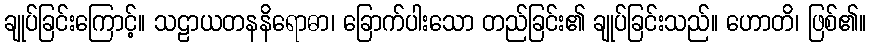
ချုပ်ခြင်းကြောင့်။ သဠာယတနနိရောဓာ၊ ခြောက်ပါးသော တည်ခြင်း၏ ချုပ်ခြင်းသည်။ ဟောတိ၊ ဖြစ်၏။